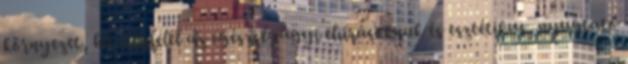
környezet, ha megfelel az egészségügyi elıírásoknak és esztétikus, nyugtató